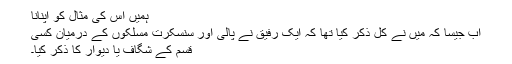
ہمیں اس کی مثال کو اپنانا
اب جیسا کہ میں نے کل ذکر کیا تھا کہ ایک رفیق نے پالی اور سنسکرت مسلکوں کے درمیان کسی
قسم کے شگاف یا دیوار کا ذکر کیا۔